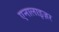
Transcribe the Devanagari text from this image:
एनालाइज़र